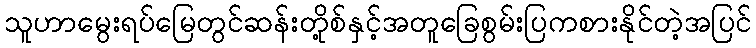
သူဟာမွေးရပ်မြေတွင်ဆန်းတို့စ်နှင့်အတူခြေစွမ်းပြကစားနိုင်တဲ့အပြင်